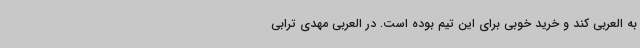
به العربی کند و خرید خوبی برای این تیم بوده است. در العربی مهدی ترابی